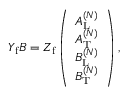
\begin{array} { r } { Y _ { \mathrm { f } } B = Z _ { \mathrm { f } } \left( \begin{array} { l } { A _ { \mathrm { L } } ^ { ( N ) } } \\ { A _ { \mathrm { T } } ^ { ( N ) } } \\ { B _ { \mathrm { L } } ^ { ( N ) } } \\ { B _ { \mathrm { T } } ^ { ( N ) } } \end{array} \right) , } \end{array}